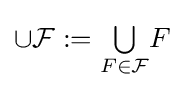
\cup {\mathcal {F}}:={\textstyle \bigcup \limits _{F\in {\mathcal {F}}}}F